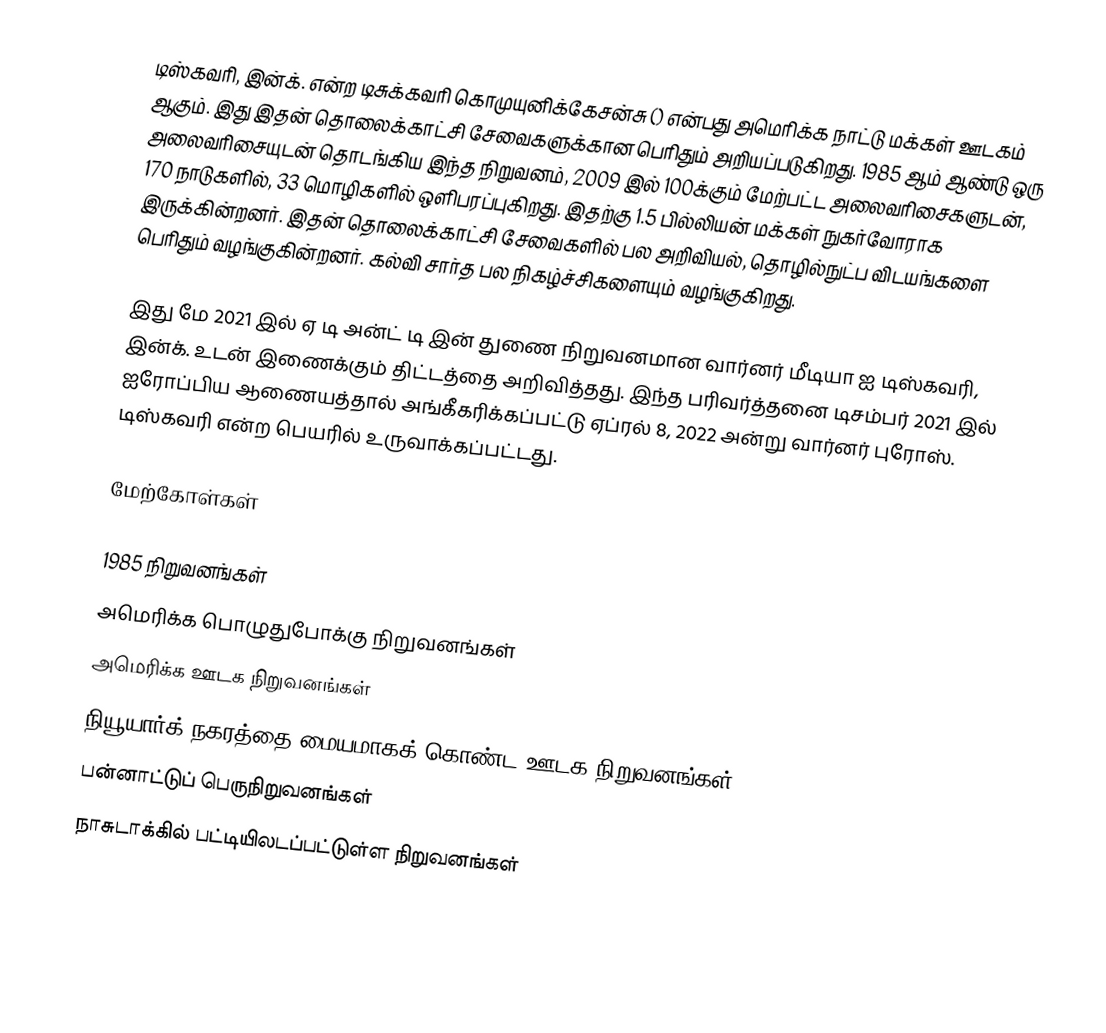
டிஸ்கவரி, இன்க். என்ற டிசுக்கவரி கொமுயுனிக்கேசன்சு () என்பது அமெரிக்க நாட்டு மக்கள் ஊடகம் ஆகும். இது இதன் தொலைக்காட்சி சேவைகளுக்கான பெரிதும் அறியப்படுகிறது. 1985 ஆம் ஆண்டு ஒரு அலைவரிசையுடன் தொடங்கிய இந்த நிறுவனம், 2009 இல் 100க்கும் மேற்பட்ட அலைவரிசைகளுடன், 170 நாடுகளில், 33 மொழிகளில் ஒளிபரப்புகிறது. இதற்கு 1.5 பில்லியன் மக்கள் நுகர்வோராக இருக்கின்றனர். இதன் தொலைக்காட்சி சேவைகளில் பல அறிவியல், தொழில்நுட்ப விடயங்களை பெரிதும் வழங்குகின்றனர். கல்வி சார்த பல நிகழ்ச்சிகளையும் வழங்குகிறது.

இது மே 2021 இல் ஏ டி அன்ட் டி இன் துணை நிறுவனமான வார்னர் மீடியா ஐ டிஸ்கவரி, இன்க். உடன் இணைக்கும் திட்டத்தை அறிவித்தது. இந்த பரிவர்த்தனை டிசம்பர் 2021 இல் ஐரோப்பிய ஆணையத்தால் அங்கீகரிக்கப்பட்டு ஏப்ரல் 8, 2022 அன்று வார்னர் புரோஸ். டிஸ்கவரி என்ற பெயரில் உருவாக்கப்பட்டது.

மேற்கோள்கள்

1985 நிறுவனங்கள்
அமெரிக்க பொழுதுபோக்கு நிறுவனங்கள்
அமெரிக்க ஊடக நிறுவனங்கள்
நியூயார்க் நகரத்தை மையமாகக் கொண்ட ஊடக நிறுவனங்கள்
பன்னாட்டுப் பெருநிறுவனங்கள்
நாசுடாக்கில் பட்டியிலடப்பட்டுள்ள நிறுவனங்கள்